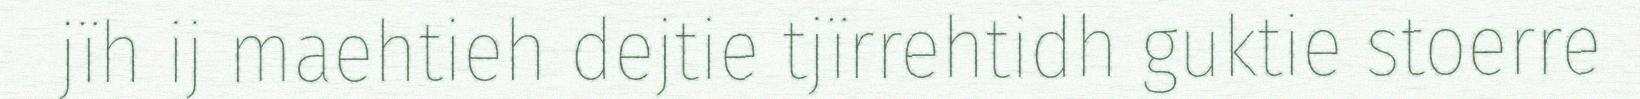
jïh ij maehtieh dejtie tjïrrehtidh guktie stoerre